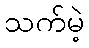
သက်မဲ့